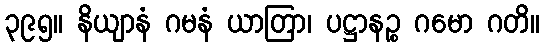
၃၉၅။ နိယျာနံ ဂမနံ ယာတြာ၊ ပဋ္ဌာနဉ္စ ဂမော ဂတိ။